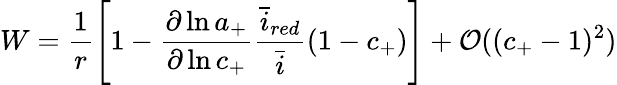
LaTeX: W=\frac{1}{r}\left[1-\frac{\partial\ln{a_{+}}}{\partial\ln{c_{+}}}\frac{\bar{i}_{red}}{\bar{i}}\left(1-c_{+}\right)\right]+\mathcal{O}((c_{+}-1)^{2})